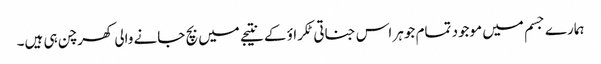
ہمارے جسم میں موجود تمام جوہر اس جناتی ٹکراؤ کے نتیجے میں بچ جانے والی کھرچن ہی ہیں۔